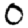
Digit: 0